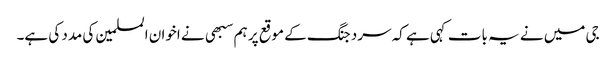
جی میں نے یہ بات کہی ہے کہ سرد جنگ کے موقع پر ہم سبهی نے اخوان المسلمین کی مدد کی ہے۔